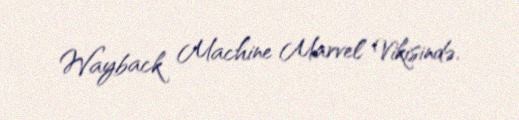
Wayback Machine Marvel Vikisində.